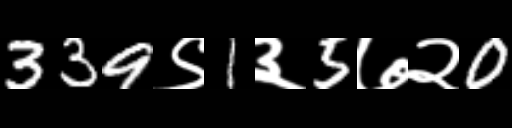
Text: 339९1३5७२0